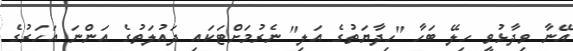
އޭނާ ވިދާޅުވީ ހިލޭ ބަހާ "ހިދާޔަތުގެ އަލި" ނެރުމަށްޓަކައި ދައުލަތުގެ އަންނަ އަހަރުގެ